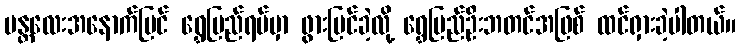
မန္တလေးအနောက်ပြင် ရွှေပြည်ရပ်မှာ ဖွားမြင်ခဲ့လို့ ရွှေပြည်ဦးဘတင်အဖြစ် ထင်ရှားခဲ့ပါတယ်။